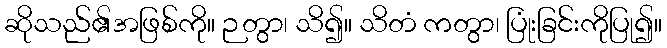
ဆိုသည်၏အဖြစ်ကို။ ဉတွာ၊ သိ၍။ သိတံ ကတွာ၊ ပြုံးခြင်းကိုပြု၍။